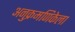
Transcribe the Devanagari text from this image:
अनुक्रमणिकेला